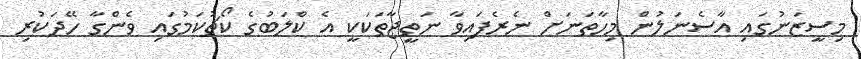
މިސީޒަނުގައި އާސެނަލުން މިހާތަނަށް ނެރެފައިވާ ނަތީޖާތަކަކީ އެ ކްލަބުގެ ކޯޗުކަމުގައި ވެންގާ ހޭދަކުރި